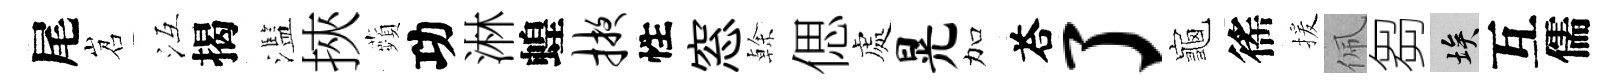
尾岧冱揭濫挾蘋功淋蝗掖性窓𠏉偲處晃加荅了龜徭援佩芻埃互儒